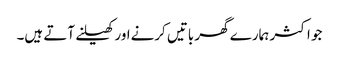
جو اکثر ہمارے گھر باتیں کرنےاور کھیلنے آتے ہیں۔